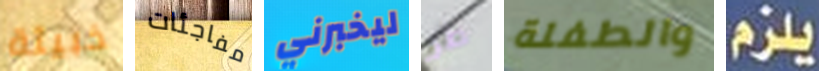
خبيثة مفاجئات ليخبرني طر والطفلة يلزم